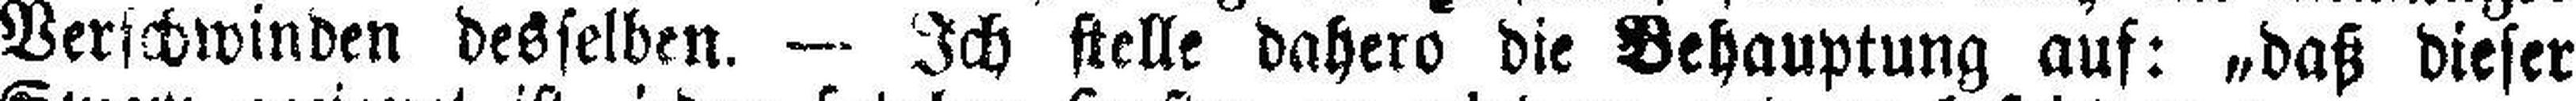
Verschwinden desselben. — Ich stelle dahero die Behauptung auf: „daß dieser